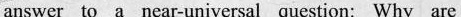
answer to a near-universal question: Why are